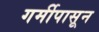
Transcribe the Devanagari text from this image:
गर्मीपासून